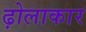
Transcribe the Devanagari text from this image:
ढ़ोलाकार